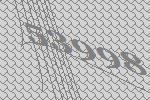
53998